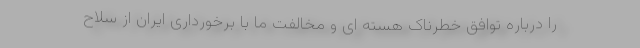
را درباره توافق خطرناک هسته ای و مخالفت ما با برخورداری ایران از سلاح